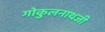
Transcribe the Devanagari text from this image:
गोकुलनाथजी